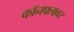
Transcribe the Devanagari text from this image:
कॉनफ्लावर